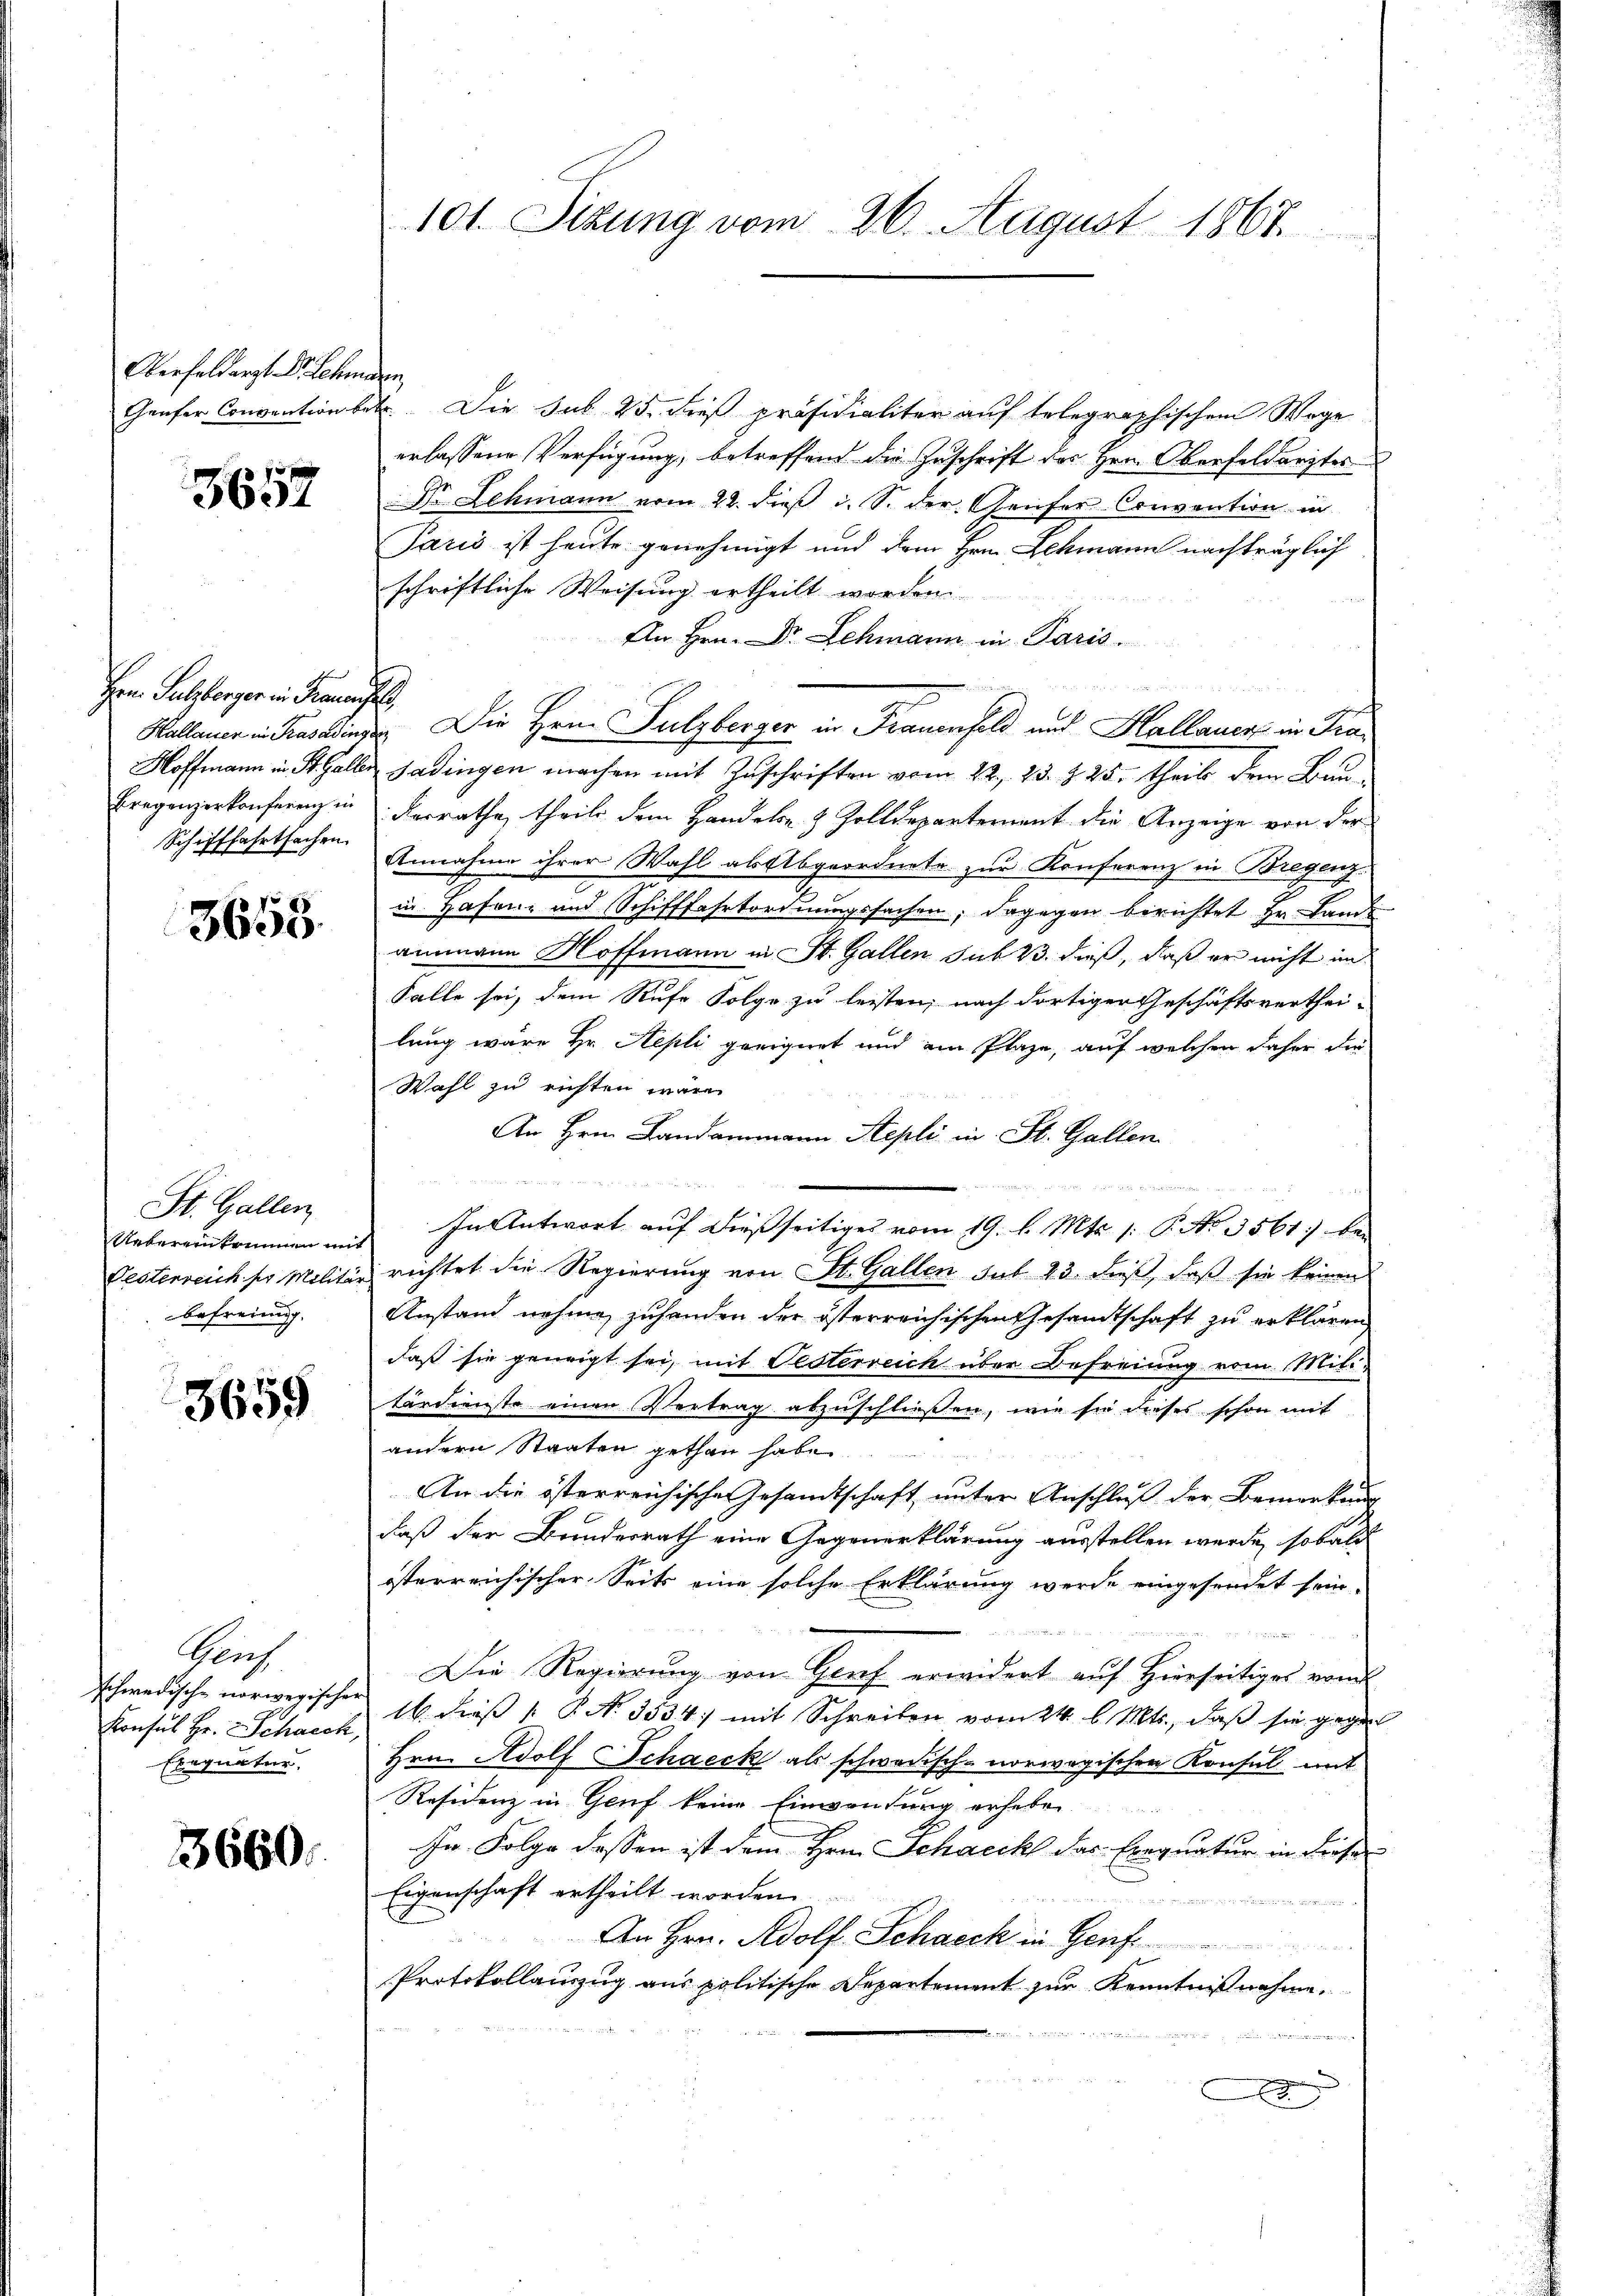
Oberfeldarzt Dr. Schaden,

3657

Hrn. Sulzberger in Frauensel
Schifffahrtsachen

3653.

St. Gallen
Uebereinkommen mit
befreiung.

3659

Genf
schwedische norwegischer
Ebegnatur.

3660.

Genfer Convention betr. Die sub 25. dieß präsidialiter auf telegraphischem Wage
erlassene Verfügung, betreffend die Zuschrift des Hrn. Oberfeldarztes
Dr Lehmann vom 22. dieß u. S. der Genfer Convention in
Paris ist heute genehmigt und dem Hrn. Lehmann nachträglich
schriftliche Weisung ertheilt worden
An Hrn. Dr. Schmann in Paris.
Kallauer in auswinde. Die Herrn Sulzberger in Frauenfeld und Hallauer in Tra¬
Hoffmann in St. Galler Gadingen machen mit Zuschriften vom 22. 23. 225. theils dem Bau¬
Bregenzerkonferenz in Kerrathe, theils dem Handeln & Zolldepartement die Anzeige von der
Annahme ihrer Wahl als Abgeordnete zur Konferenz in Bregenz
in Hafen- und Schifffahrtordnungssachen; dagegen berichtet Hr. Lands
ammann Hoffmann in St. Gallen sub 23. dieß, daß er nicht im
Falle sei, dem Rufe Folge zu leisten, nach dortiger Geschäftsverthei-
lung wäre Hr. Hepti geeignet und ain Plaze, auf welchen daher die
Wahl zu richten wäre.
An Hrn. Landammann Aepli in St. Gallen
d Handen die
In Antwort auf dießseitiges vom 19. d. Mts. 1 P. No. 3561) bei
Pesterreich per Militär richtet die Regierung von St. Gallen sub 23. dieß, daß sie keinen
Anstand nehme zuhanden der österreichischen Gesandtschaft zu erklären
daß sie geneigt sei, mit Oesterreich über Befreiung vom Mili-
tärdienste einen Vertrag abzuschließen, wie sie dieses schon mit
andern Staaten gethan habe.
An die österreichische Gesandtschaft unter Anschluß der Bemerkung
daß der Bundesrath eine Gegenerklärung ausstellen werde, sobald
isterreichischer Seits eine solche Erklärung werde eingesendet sein.
Die Regierung von Genf erwidert auf Hierseitiges vom
Konsul Hr. Schwert 16. dieß P. Nr. 3534) mit Schreiben vom 24. l. Mts., daß sie gegen
Hrn. Adolf Schaeck als schwedisch-norwegischen Konsul mit
Residenz in Genf keine Einwendung erheben.
In Folge dessen ist dem Hrn. Schreckt das Exequatur in dieser
Eigenschaft ertheilt worden.

An Hrn. Adolf Schneck in Genf
Protokollanzzug aus politische Departement zur Kenntniß nahme.
uens
xx

101. Sizung vom 26. August 1867.